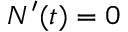
N ^ { \prime } ( t ) = 0